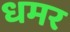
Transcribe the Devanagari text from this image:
धमर